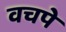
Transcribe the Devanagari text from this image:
वचपे